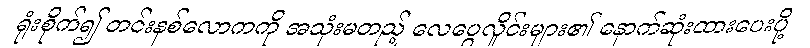
ရုံးစိုက်၍ တင်းနစ်လောကကို အသုံးမတည့် လေပွေလှိုင်းများ၏ နောက်ဆုံးထားပေးပို့